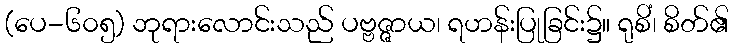
(ပေ-၆၀၅) ဘုရားလောင်းသည် ပဗ္ဗဇ္ဇာယ၊ ရဟန်းပြုခြင်း၌။ ရုစိံ၊ စိတ်၏